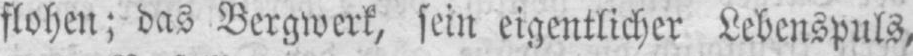
flohen; das Bergwerk, sein eigentlicher Lebenspuls,